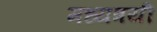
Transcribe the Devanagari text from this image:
मध्यत्रयी